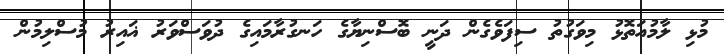
މުޅި ލާމުއަތޮޅު މިވަގުތު ސިފަވެގެން ދަނީ ބޮސްނިޔާގެ ހަނގުރާމައިގެ ދުވަސްވަރު ޣައިރު މުސްލިމުން